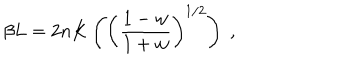
\beta L = 2 n K \left( \left( \frac { 1 - w } { 1 + w } \right) ^ { 1 / 2 } \right) \; ,